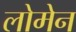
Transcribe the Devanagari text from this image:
लोमेन